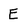
Character: E